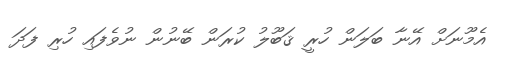
އެމޫނަށް އޭނާ ބަލަން ހުރީ ޤަބޫލު ކުރަން ބޭނުން ނުވެފައި ހުރި ފަދަ